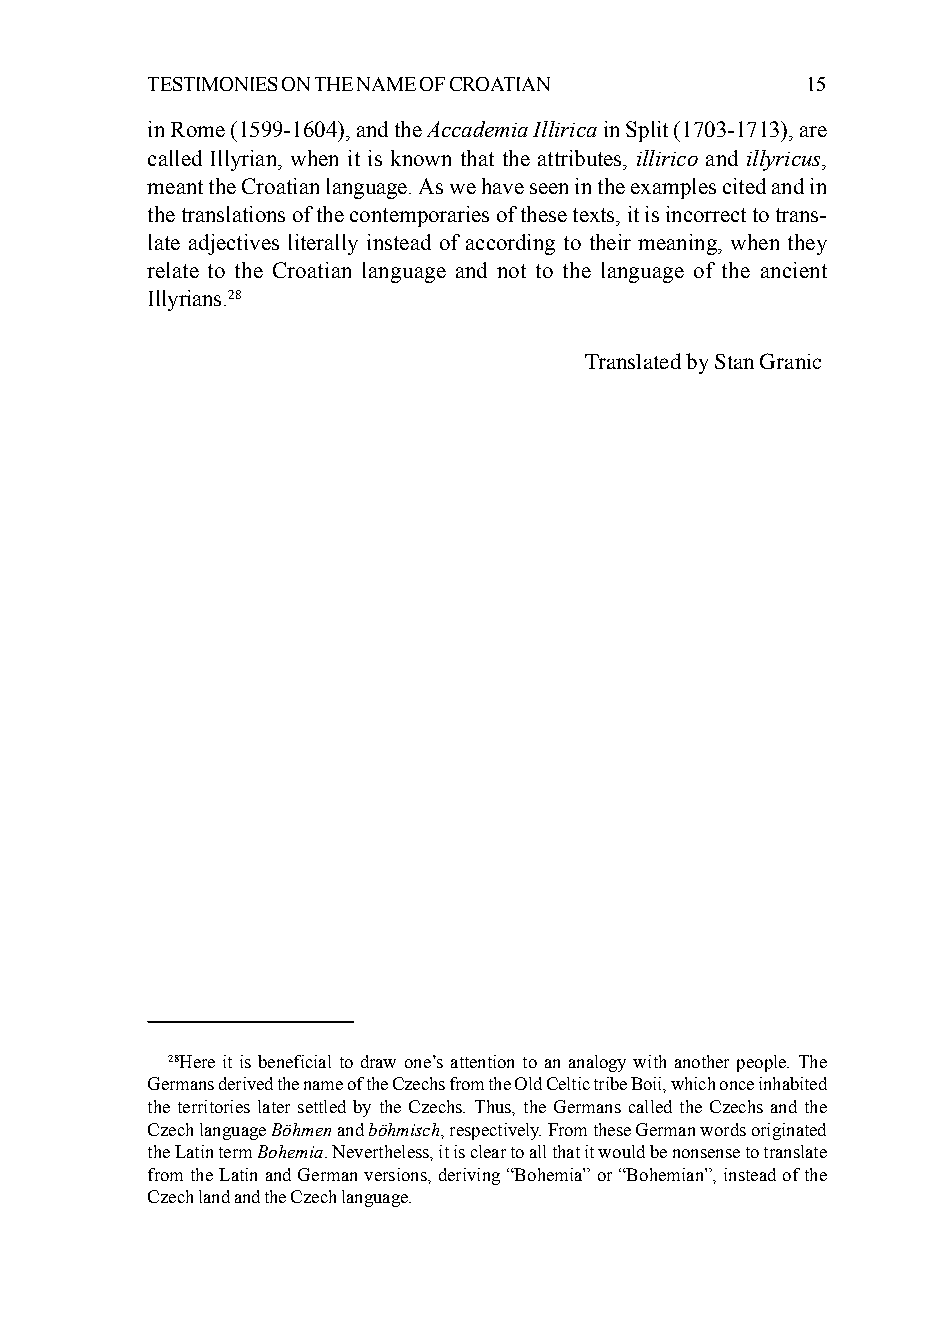
TESTIMONIES ON THE NAME OF CROATIAN        15
 in Rome (1599-1604), and the Accademia Illirica in Split (1703-1713), are
 called Illyrian, when it is known that the attributes, illirico and illyricus,
 meant the Croatian language. As we have seen in the examples cited and in
 the translations of the contemporaries of these texts, it is incorrect to trans-
 late adjectives literally instead of according to their meaning, when they
 relate to the Croatian language and not to the language of the ancient
 Illyrians.28
 Translated by Stan Granic
 28Here it is beneficial to draw one’s attention to an analogy with another people. The
 Germans derived the name of the Czechs from the Old Celtic tribe Boii, which once inhabited
 the territories later settled by the Czechs. Thus, the Germans called the Czechs and the
 Czech language Böhmen and böhmisch, respectively. From these German words originated
 the Latin term Bohemia. Nevertheless, it is clear to all that it would be nonsense to translate
 from the Latin and German versions, deriving “Bohemia” or “Bohemian”, instead of the
 Czech land and the Czech language.